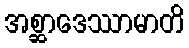
အစ္ဆာဒေဿာမာတိ